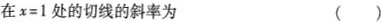
在$$x=1$$处的切线的斜率为 ()